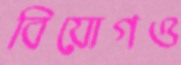
বিয়োগও